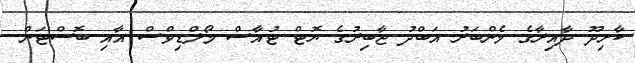
ކާށިދޫ ދާއިރާގެ މެންބަރު އަބްދު ޖާބިރުގެ ޔޮޓް ޓުއާސް މޯލްޑިވްސް އާއި ބޮސްޓަން